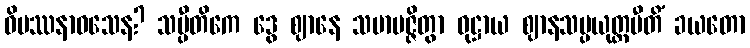
ဝိပဿနာဝသေန? သပ္ပီတိကေ ဒွေ ဈာနေ သမာပဇ္ဇိတွာ ဝုဋ္ဌာယ ဈာနသမ္ပယုတ္တပီတိံ ခယတော